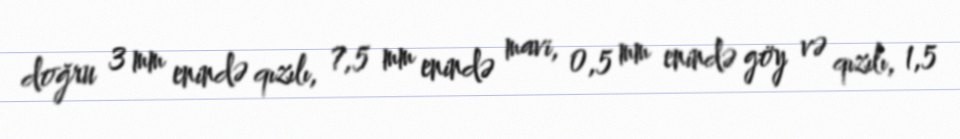
doğru 3 mm enində qızılı, 7,5 mm enində mavi, 0,5 mm enində göy və qızılı, 1,5